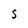
Character: S